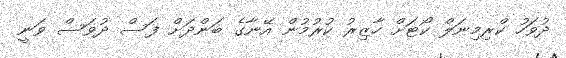
ދުވަހު ކްރިމިނަލް ކޯޓަށް ހާޒިރު ކުރުމުން އޭނާގެ ބަންދަށް ފަސް ދުވަސް ވަނީ